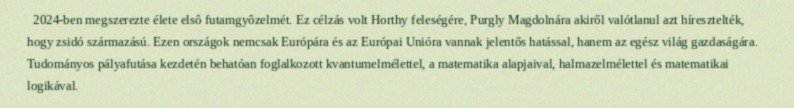
2024-ben megszerezte élete elsô futamgyôzelmét. Ez célzás volt Horthy feleségére, Purgly Magdolnára akiről valótlanul azt híresztelték, hogy zsidó származású. Ezen országok nemcsak Európára és az Európai Unióra vannak jelentős hatással, hanem az egész világ gazdaságára. Tudományos pályafutása kezdetén behatóan foglalkozott kvantumelmélettel, a matematika alapjaival, halmazelmélettel és matematikai logikával.